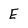
Character: E